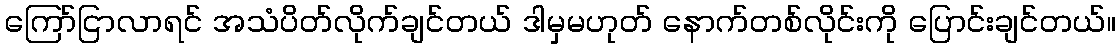
ကြော်ငြာလာရင် အသံပိတ်လိုက်ချင်တယ် ဒါမှမဟုတ် နောက်တစ်လိုင်းကို ပြောင်းချင်တယ်။